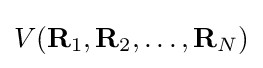
V(\mathbf {R} _{1},\mathbf {R} _{2},\ldots ,\mathbf {R} _{N})